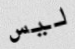
ليس